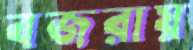
বজরায়